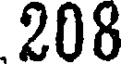
208